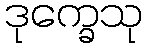
ဒုက္ခေသု